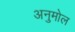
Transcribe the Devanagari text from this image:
अनुमोल